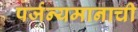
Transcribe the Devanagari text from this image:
पर्जन्यमानाची